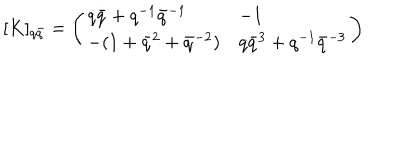
\lbrack K ] _ { q \bar { q } } = \left( \begin{array} { l l } { { q \bar { q } + q ^ { - 1 } \bar { q } ^ { - 1 } } } & { { - 1 } } \\ { { - ( 1 + \bar { q } ^ { 2 } + \bar { q } ^ { - 2 } ) } } & { { q \bar { q } ^ { 3 } + q ^ { - 1 } \bar { q } ^ { - 3 } } } \\ \end{array} \right)